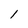
Character: 1